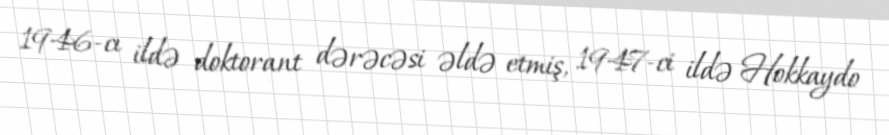
1946-cı ildə doktorant dərəcəsi əldə etmiş, 1947-ci ildə Hokkaydo